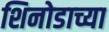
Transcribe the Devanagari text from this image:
शिनोडाच्या